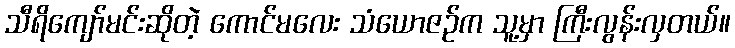
သီရိကျော်မင်းဆိုတဲ့ ကောင်မလေး သံယောဇဉ်က သူ့မှာ ကြီးလွန်းလှတယ်။